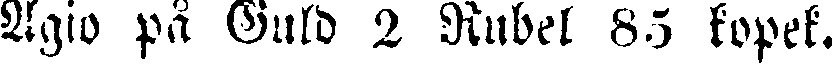
Agio på Guld 2 Rubel 85 kopek.